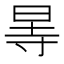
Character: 㫭